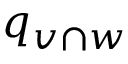
q _ { v \cap w }